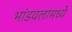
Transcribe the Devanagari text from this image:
भांडवलामध्ये